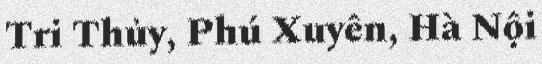
Tri Thủy, Phú Xuyên, Hà Nội